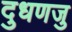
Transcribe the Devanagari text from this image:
दुधणजु